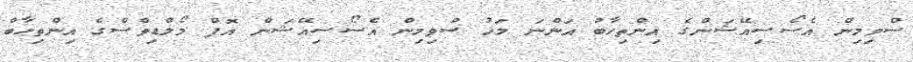
ސްވިމިން އެސޯސިއޭޝަންގެ އިންތިހާބު އަންނަ މަހު ސްވިމިން އެސޯސިއޭޝަން އޮފް މޯލްޑިވްސްގެ އިންތިހާބް